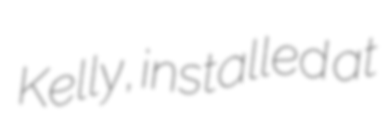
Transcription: Kelly, installed at